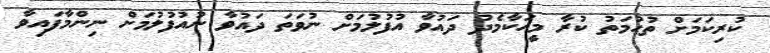
ކުރިކަމަށް ތުހުމަތު ކުރާ މީހަކާމެދު ދައުވާ އުފުލުމަށް ނުވަތަ ދައުވާ ނުއުފުލުމަށް ނިންމާފައިވާ